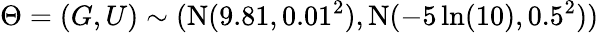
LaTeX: \Theta=(G,U)\sim(\mathrm{N}(9.81,0.01^{2}),\mathrm{N}(-5\ln(10),0.5^{2}))